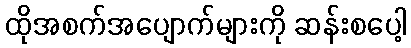
ထိုအစက်အပျောက်များကို ဆန်းစပေါ့